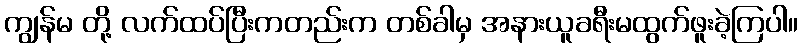
ကျွန်မ တို့ လက်ထပ်ပြီးကတည်းက တစ်ခါမှ အနားယူခရီးမထွက်ဖူးခဲ့ကြပါ။